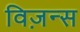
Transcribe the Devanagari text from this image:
विज़न्स